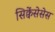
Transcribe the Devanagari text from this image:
सिक्वेंसेसेस